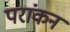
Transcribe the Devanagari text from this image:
परांकन